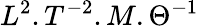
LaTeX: L^{2}.T^{-2}.M.\Theta^{-1}